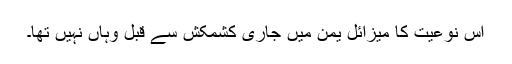
اس نوعیت کا میزائل یمن میں جاری کشمکش سے قبل وہاں نہیں تھا۔